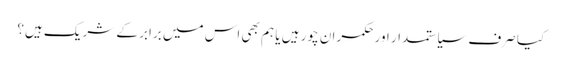
کیا صرف سیاستمدار اور حکمران چور ہیں یا ہم بھی اس میں برابر کے شریک ہیں؟